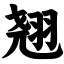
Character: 翘